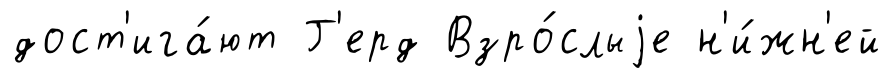
дост'ига́ют Г'ерд Взро́слыjе н'и́жн'ей